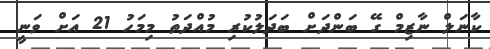
ކާނަލް ނާޒިމް ގޭ ބަންދަށް ބަދަލުކުރި މުއްދަތު މިމަހު 21 އަށް ވަނީ